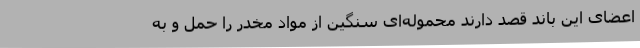
اعضای این باند قصد دارند محموله‌ای سنگین از مواد مخدر را حمل و به